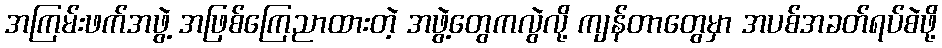
အကြမ်းဖက်အဖွဲ့ အဖြစ်ကြေညာထားတဲ့ အဖွဲ့တွေကလွဲလို့ ကျန်တာတွေမှာ အပစ်အခတ်ရပ်စဲဖို့